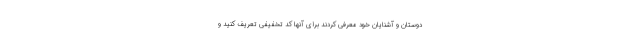
دوستان و آشنایان خود معرفی کردند برای آنها کد تخفیفی تعریف کنید و